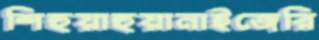
শিহুয়াহুয়ানাইজেরি